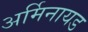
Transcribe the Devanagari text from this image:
अर्मिनायड